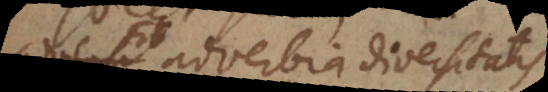
Sic adverbia diversitatis